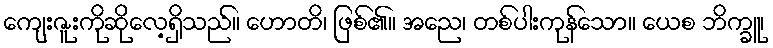
ကျေးဇူးကိုဆိုလေ့ရှိသည်။ ဟောတိ၊ ဖြစ်၏။ အညေ၊ တစ်ပါးကုန်သော။ ယေစ ဘိက္ခူ၊